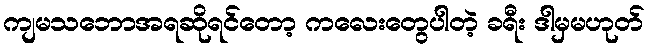
ကျမသဘောအရဆိုရင်တော့ ကလေးတွေပါတဲ့ ခရီး ဒါမှမဟုတ်